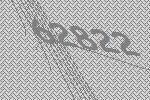
62822